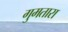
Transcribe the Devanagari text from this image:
गुमतारा